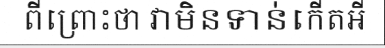
ពីព្រោះថា វាមិនទាន់កើតអី